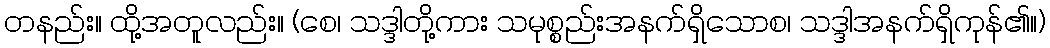
တနည်း။ ထို့အတူလည်း။ (စေ၊ သဒ္ဒါတို့ကား သမုစ္စည်းအနက်ရှိသောစ၊ သဒ္ဒါအနက်ရှိကုန်၏။)